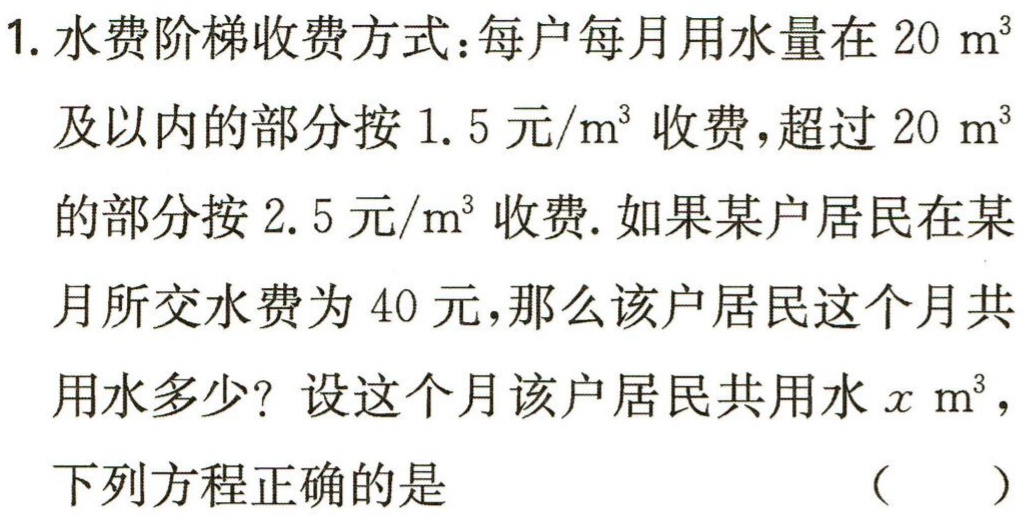
1. 水费阶梯收费方式：每户每月用水量在 \(20\mathrm{ m}^{3}\)及以内的部分按 \(1.5\) 元\(/\mathrm{m}^{3}\) 收费，超过 \(20\mathrm{ m}^{3}\)的部分按 \(2.5\) 元\(/\mathrm{m}^{3}\) 收费. 如果某户居民在某月所交水费为 \(40\) 元，那么该户居民这个月共用水多少？设这个月该户居民共用水 \(x\mathrm{ m}^{3}\)，下列方程正确的是 （  ）